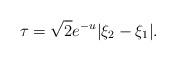
LaTeX: \begin{align*}\tau = \sqrt{2} e^{-u} |\xi_2 - \xi_1|.\end{align*}